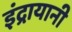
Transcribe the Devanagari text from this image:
इंद्रायानी